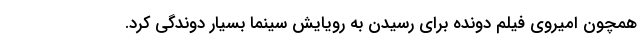
همچون امیروی فیلم دونده برای رسیدن به رویایش سینما بسیار دوندگی کرد.